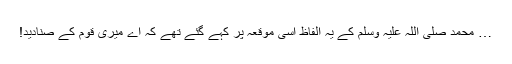
… محمد صلی اللہ علیہ وسلم کے یہ الفاظ اسی موقعہ پر کہے گئے تھے کہ اے میری قوم کے صنادید!